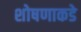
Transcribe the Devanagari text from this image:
शोषणाकडे